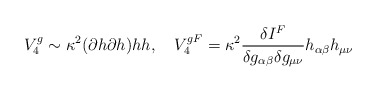
\begin{align*}V^{g}_4\sim \kappa^2 (\partial h\partial h) h h, \ \ \ V_4^{gF}=\kappa^2 \frac{\delta I^F}{\delta g_{\alpha\beta}\delta g_{\mu\nu}}h_{\alpha\beta} h_{\mu\nu}\end{align*}